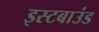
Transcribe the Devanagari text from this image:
इस्टबाउंड